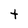
Character: t